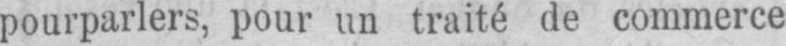
pourparlers, pour un traité de commerce